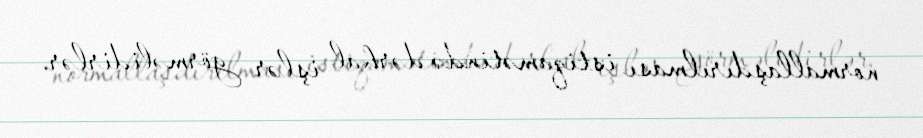
normallaşdırılması istiqamətində dərhal işlər görməlidirlər.